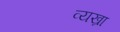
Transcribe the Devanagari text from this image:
व्यख्रा